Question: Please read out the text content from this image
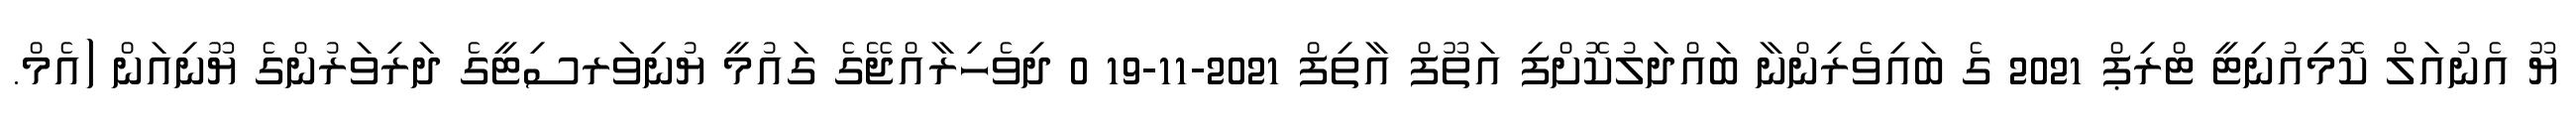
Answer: ޔޫ އެނުއަލް ކޮމިއުނިޓީ ޓްރިޕް 2021 ގެ ބައިވެރިންނާ ބައްދަލުކޮށްފި އަތޫފް އާތިފް 2021-11-19 0 ދިވެހިރާއްޖޭގެ ގައުމީ ޔުނިވަރސިޓީގެ ދަރިވަރުންގެ ޔޫނިއަން (އެމް.